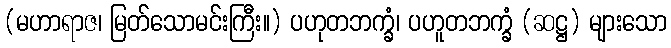
(မဟာရာဇ၊ မြတ်သောမင်းကြီး။) ပဟုတဘက္ခံ၊ ပဟူတဘက္ခံ (ဆဋ္ဌ) များသော